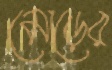
মোড়ের